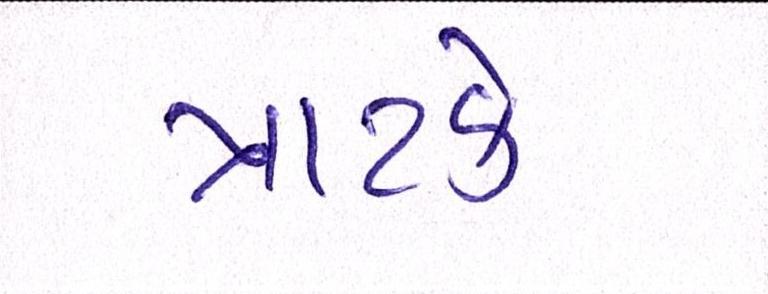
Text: ત્રાટકે